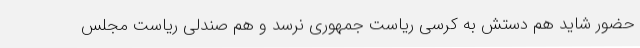
حضور شاید هم دستش به کرسی ریاست جمهوری نرسد و هم صندلی ریاست مجلس